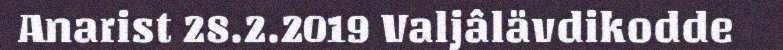
Anarist 28.2.2019 Valjâlävdikodde